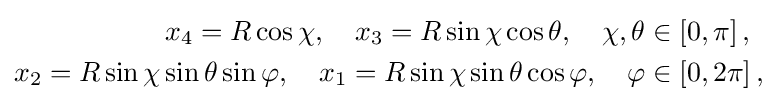
{\begin{aligned}x_{4}=R\cos \chi ,\quad x_{3}=R\sin \chi \cos \theta ,\quad \chi ,\theta &\in \left[0,\pi \right],\\x_{2}=R\sin \chi \sin \theta \sin \varphi ,\quad x_{1}=R\sin \chi \sin \theta \cos \varphi ,\quad \varphi &\in \left[0,2\pi \right],\end{aligned}}